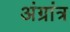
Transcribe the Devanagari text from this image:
अंग्रांत्र